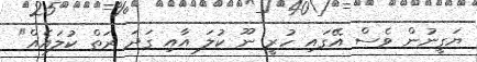
ޔަގީނުން ވެސް އޭގައި ހުރީ ނޫ ކުލަ އާއި ގަދަ ރަތް ކުލައެއް"